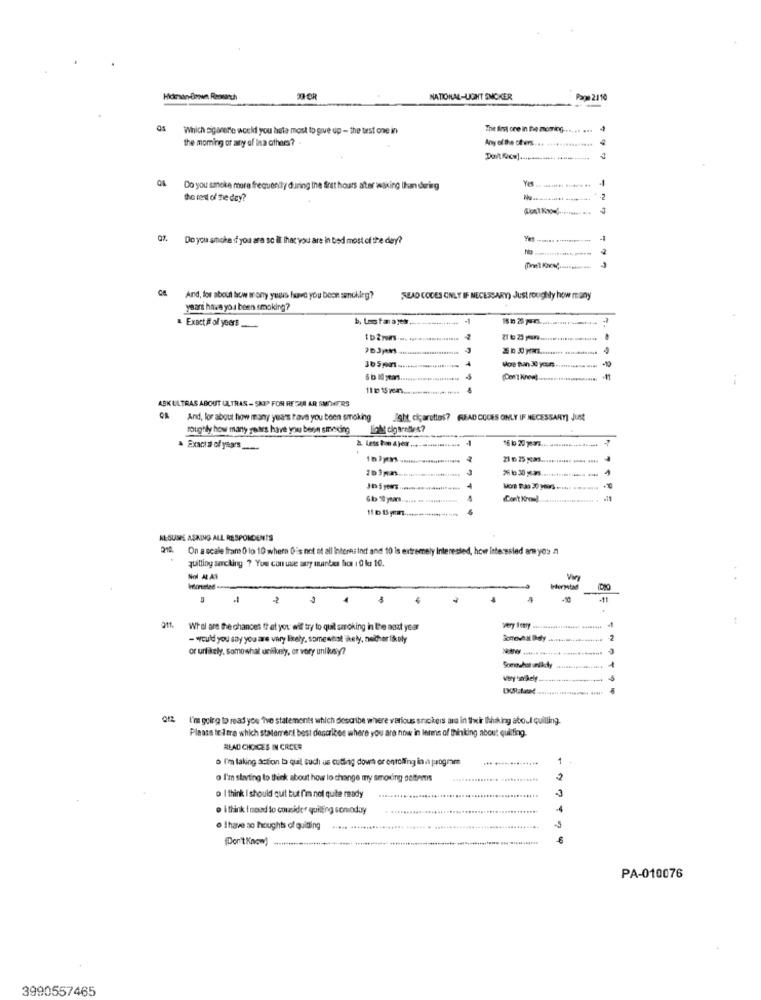
Hdman-Grown Research
NATIONAL-UGHT SMOKER
Page 2110
Which sigarette would you hate most to give up - the test one in
The Im cre in the momc ....... ...
the moming or any of ina others?
Any of the chers
Do you smoke more freq
during the first hours after asking Ihun dering
-
the rest of the day?
Do you smoke d you are sc il that you are in bed most of the day?
C& And, for about how many years have you been smoking?
READ CODES ONLY IF NECESSARY) Just roughly how many
years have you been smoking?
b. Les tan a yes.
. Exact # of years
-
(Don't Knowt.
ASK ULTRAS ABOUT ULTRAS - SKIP FOR RE ZUR AR SMOKERS
Q& And, for about how many years have you been smoking
Joht, cigarettes? READ CODES ONLY IF NECESSARY] Just
roughly how many years have you been smoking
· Exacta of years
to 30 ................ .
Can't kroul
RESUME ASKING ALL RESPONDENTS
On a scale fram 0 lo 10 where G's not at all internalnet and 10 is extremely Interested, how interesled areyes
quitting secking ? You can use asry mandes lacs 1 0 ku 10.
Nol NAT
Hermstad
IDK
-11
2tt
Whol are the chances that you arif try to quit smoking in the nost year
- would you say you are very lirely, somewhat ikely, nother likely
or unlikely, Somewhat uniikonty, or vory unikey?
Somouhat unikdy
I'm going to read you "Ive statements which describe where various sruckers and in their Ihusking aboul quilling.
Please te Imre which statement best describes where you are now in leres of Thinking about quilling.
READ CHOICES IN CREER
o I'm taking action ta quil such us cutting down or entoling in a program
...
......
o I'm starting to think about how lo change my smoking osttems
2
o I think I should quil but f'im not quite ready
· I think I need to consider quiling sonoday
· Ihave so houghts of quitting
(Don't Know)
PA-010076
3990557465